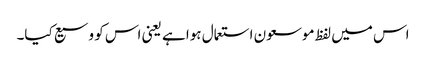
اس میں لفظ موسعون استعمال ہوا ہے یعنی اس کو وسیع کیا۔